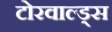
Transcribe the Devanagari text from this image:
टोरवाल्ड्स